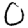
Digit: 0